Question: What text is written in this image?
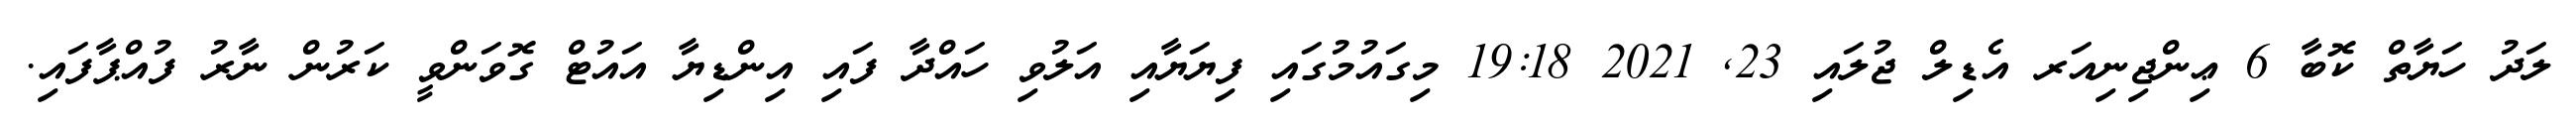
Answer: ލަދު ހަޔާތް ކޮބާ 6 ޢިންޖިނިއަރ އެޑިލް ޖުލައި 23, 2021 19:18 މިގައުމުގައި ފިޔަޔާއި އަލުވި ހައްދާ ފައި އިންޑިޔާ އައުޓް ގޮވަންވީ ކަރުން ނާރު ފުއްޕާފައި.